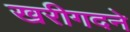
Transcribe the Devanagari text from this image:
खरीगदने